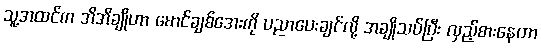
သူ့အထင်က အိအိချိုဟာ မောင်ချစ်အေးကို ပညာပေးချင်လို့ အချိုသပ်ပြီး လှည့်စားနေတာ